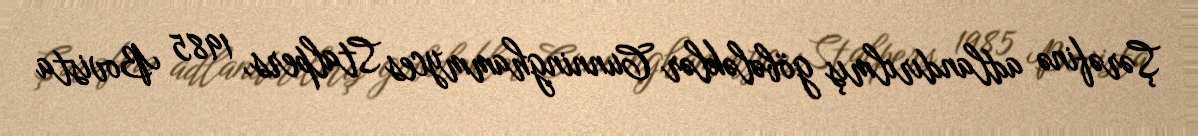
Şərəfinə adlandırılmış göbələklər Cunninghammyces Stalpers, 1985 Bovista